Lunatic asylums United Provinces 1899-1908 - 1899-1908
Year: 1899
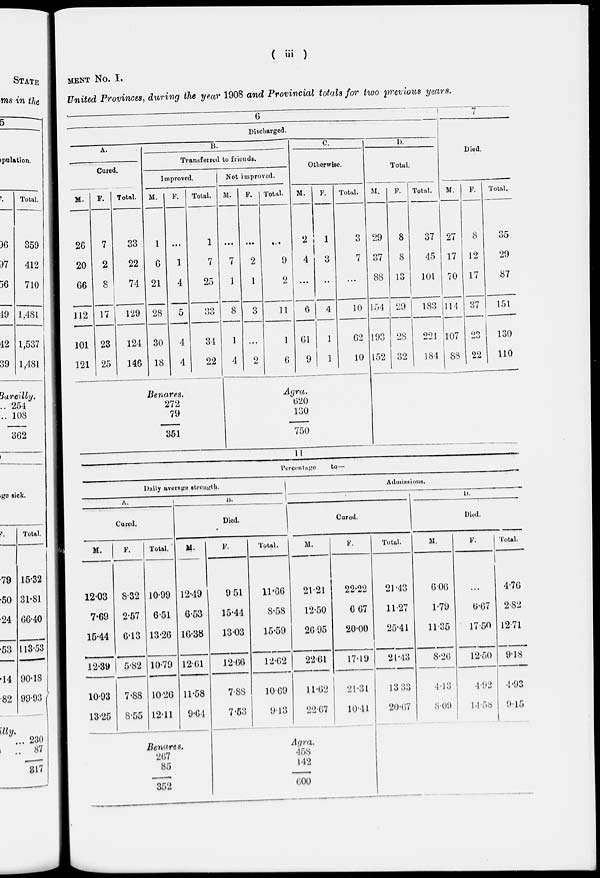
( iii )
MENT No. I.
United Provinces, during the year 1908 and Provincial totals for two previous years.
6
Discharged.
A.
Cured.
M.
26
20
66
112
101
121
F.
7
2
8
17
23
25
Total.
33
22
74
129
124
146
B.
Transferred to friends.
Improved.
M.
1
6
21
28
30
18
F.
...
1
4
5
4
4
Total.
1
7
25
33
34
22
Benares.
272
79
351
Not improved.
M.
...
7
1
8
1
4
F.
...
2
1
3
...
2
Total.
...
9
2
11
1
6
C.
Otherwise.
M.
2
4
...
6
61
9
F.
1
3
...
4
1
1
Total.
3
7
...
10
62
10
Agra.
620
130
750
D
Total.
M.
29
37
88
154
193
152
F.
8
8
13
29
28
32
Total.
37
45
101
183
221
184
7
Died.
M.
27
17
70
114
107
88
F.
8
12
17
37
23
22
Total.
35
29
87
151
130
110
11
Percentage to-
Daily average strength.
A.
Cured.
M.
12.03
7.69
15.44
12.39
10.93
13.25
F.
8.32
2.57
6.13
5.82
7.88
8.55
Total.
10.99
6.51
13.26
10.79
10.26
12.11
B.
Died.
M.
12.49
6.53
16.38
12.61
11.58
9.64
Benares.
267
85
352
F.
9.51
15.44
13.03
12.06
7.88
7.53
Total.
11.66
8.58
15.59
12.62
10.69
9.13
Admissions.
C.
Cured.
M.
21.21
12.50
26.95
22.61
11.62
22.67
F.
22.22
6.67
20.00
17.19
21.31
10.41
Agra.
458
142
600
Total.
21.43
11.27
25.41
21.43
13.33
20.67
D.
Died.
M.
6.06
1.79
11.35
8.26
4.43
8.09
F.
...
6.67
17.50
12.50
4.92
14.58
Total.
4.76
2.82
12.71
9.18
4.93
9.15